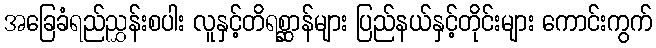
အခြေခံရည်ညွှန်းစပါး လူနှင့်တိရစ္ဆာန်များ ပြည်နယ်နှင့်တိုင်းများ ကောင်းကွက်